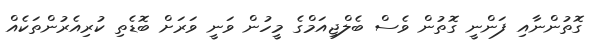
ގޮތުންނާއި ފަންނީ ގޮތުން ވެސް ބެލްޖިއަމްގެ މީހުން ވަނީ ވަރަށް ބޮޑެތި ކުރިއެރުންތަކެއް